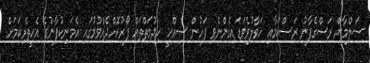
ސަލްމާން ރަސްގެފާނު ރަސްކަމާއި ހަވާލުވެވަޑައިގެންނެވި ފަހުން ސިއްހީ ހިދުމަތްތައް ފޯރުކޮށްދެއްވުމުގައި އެމަނިކުފާނުގެ އެހީތެރިކަމަށް